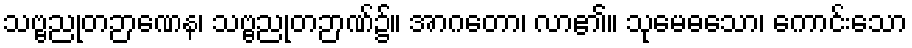
သဗ္ဗညုတဉာဏေန၊ သဗ္ဗညုတဉာဏ်၌။ အာဂတော၊ လာ၏။ သုမေဓသော၊ ကောင်းသော